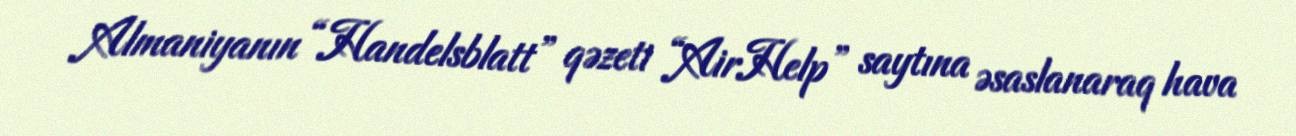
Almaniyanın “Handelsblatt” qəzeti “AirHelp” saytına əsaslanaraq hava